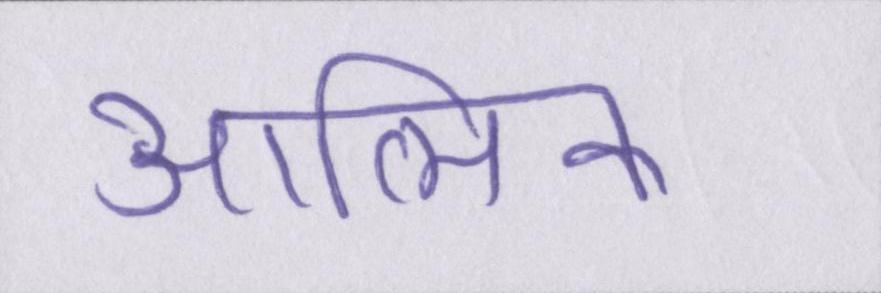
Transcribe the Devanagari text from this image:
आत्मिक